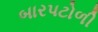
બારપટોળી